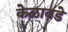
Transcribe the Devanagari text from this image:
केळावडे